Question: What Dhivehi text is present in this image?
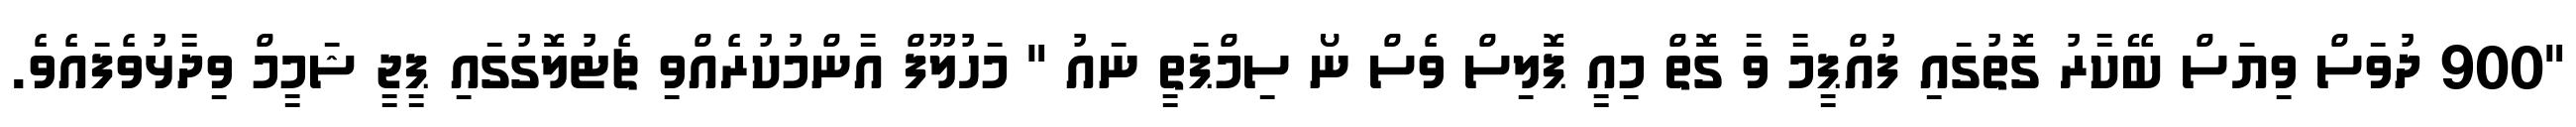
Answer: "900 ދުވަސް ވިޔަސް ބޭކާރު ގޮތުގައި ފުއްޕީމާ ވާ ގޮތް މިއީ ޕޮލިސް ވެސް ނޯ ސިމްޕަތީ ނައު " މަހުލޫފް އާންމުކުރެއްވި ޗެޓުލޮގުގައި ޕީޖީ ޝަމީމް ވިދާޅުވެފައެވެ.